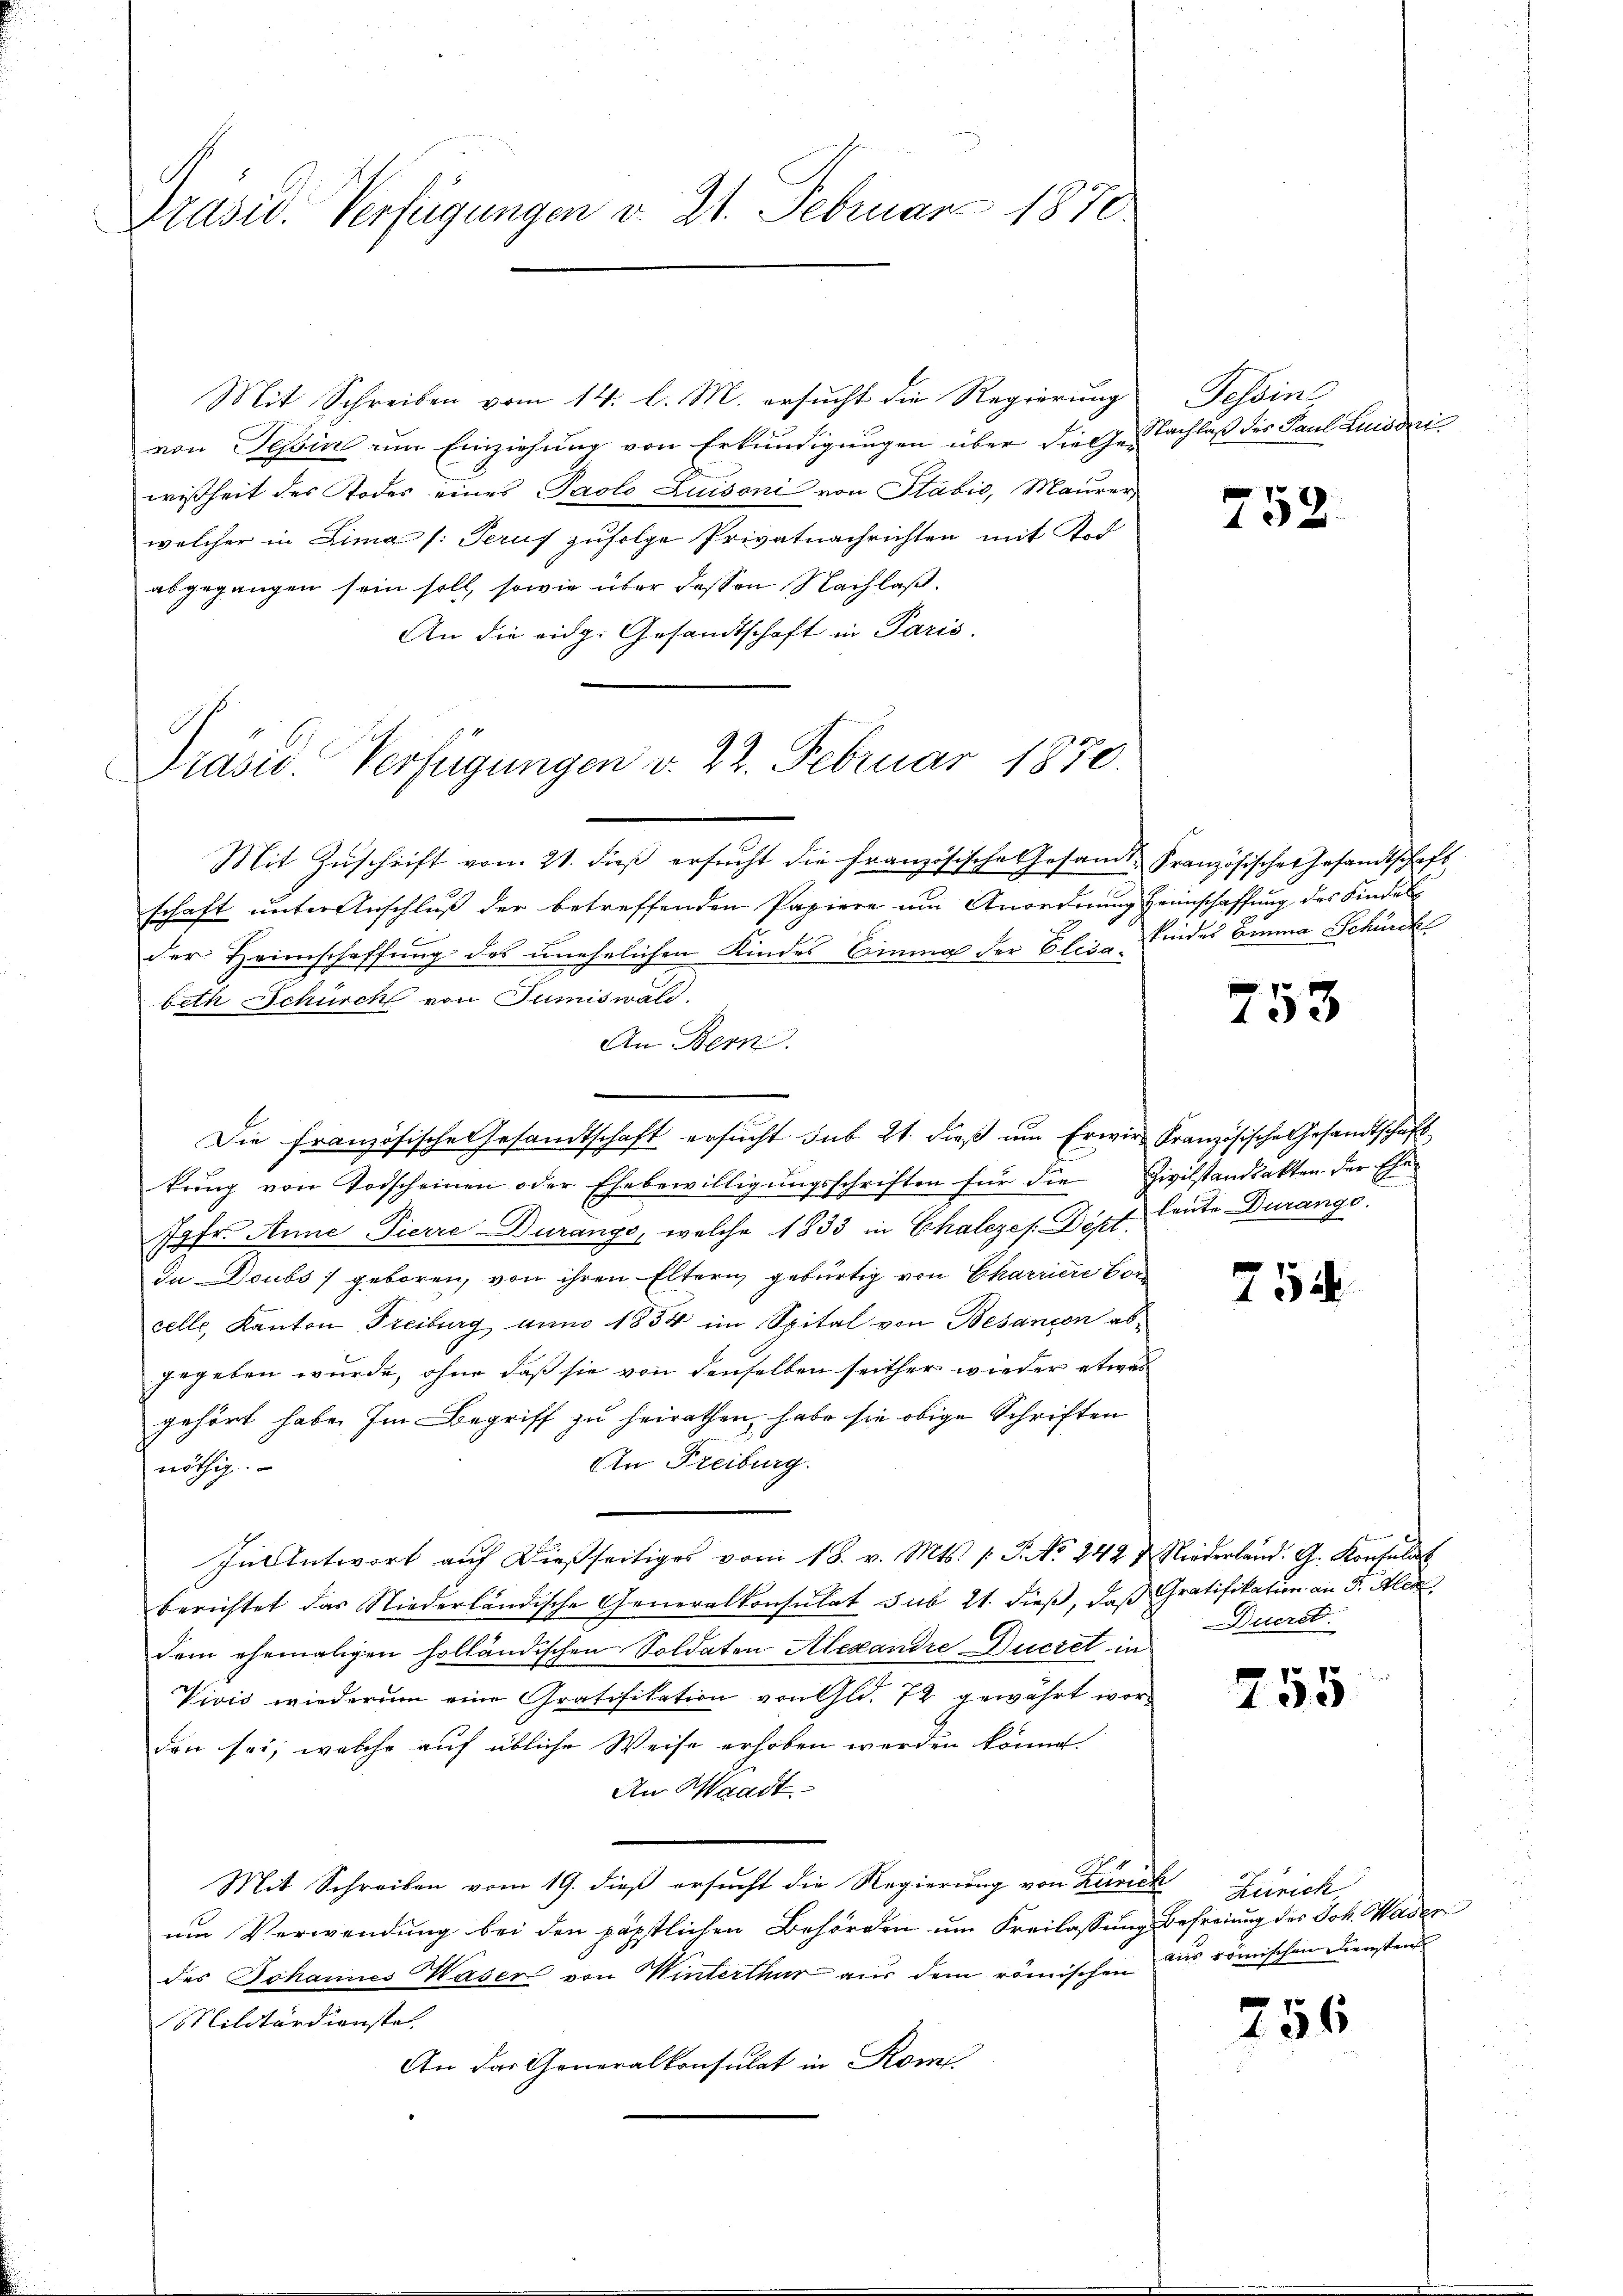
Präsid. Verfügungen v. 21. Februar 1870.

Mit Schreiben vom 14. l. M. ersucht die Regierung Tessin
von Tessin um Einziehung von Erkundigungen über die Gesachlaß des Paul Ludui
wißheit des Todes eines Paolo Luisoni von Stabić, Maurer,
welcher in Lima (: Peruf zufolge Privatnachrichten mit Tod
abgegangen sein soll, sowie über dessen Nachlaß.
An die eidg. Gesandtschaft in Paris.

Präsid. Verfügungen d. 22. Februar 1870.

Die französische Gesandtschaft ersucht sub 21. dieß um Erwir Französische Gesandtschaft

Mit Zŭschrift vom 21. dieβ ersucht die französische Gesamt Französisches Gesandtschaft
schaft unter Anschluß der betreffenden Papiere um Anordnung Heimschaffung des Kindels
der Heimschaffung des unehelichen Kindes Einmal der Elise findes bina Schürck
beth Schürch von Jumiswald.
An Bern
kung von Todscheinen oder Ehebewilligungsschriften für die
7fr. Anne Pierre Durange, welche 1833 in Chalezes. Döpf. Leute Durange
da Doubs geboren, von ihren Eltern gebürtig von Charriere Vorcelle, Kanton Freiburg anno 1854 im Spital von Besancon abgegeben wurde, ohne daß sie von denselben seither wieder etwas
gehört habe. Im Begriff zu heirathen, habe sie obige Schriften
An Freiburg.
nöthig.
In Antwort aŭf dießseitiges vom 18. v. Mts. /: P. No. 242 & Niederland. G. Konsulat
berichtet das Niederländische Generalkonsulat sub 21. dieß, daß Gratifikation an F. Aled
dem ehemaligen holländischen Soldaten Alexandre Ducret in
Vivić wiederum eine Gratifikation von Gld. 72 gewährt worden sei, welche auf übliche Weise erhoben werden könne.
An Waadt
Mit Schreiben vom 19. dieß ersucht die Regierung von Zürich Zürich,
um Verwendung bei den päpstlichen Behörden um Freilassung befreiung des Joh. Mader
des Johannes Waser von Winterthur aus dem römischen aus römischen Diensten
Militärdienstel
An das Generalkonsulat in Rom.

752.

753

Zivilstandsakten der Ehe

752

Ducret.

p
195

756